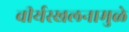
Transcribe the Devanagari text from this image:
वीर्यस्खलनामुळे